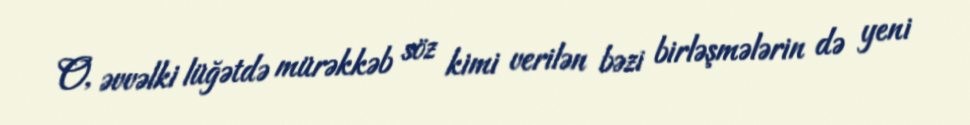
O, əvvəlki lüğətdə mürəkkəb söz kimi verilən bəzi birləşmələrin də yeni